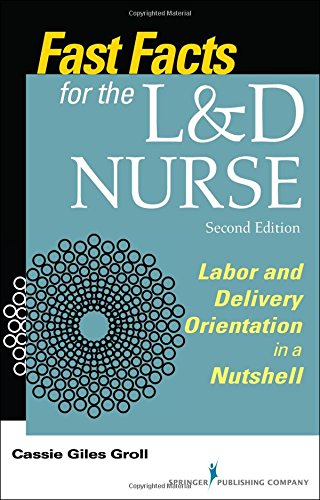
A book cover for Fast Facts for the L&D Nurse, Second Edition: Labor and Delivery Orientation in a Nutshell; Cassie Giles Groll DNP  RN  CNM; Medical Books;